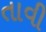
તાવી